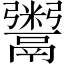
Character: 鬻